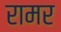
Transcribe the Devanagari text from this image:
रामर